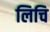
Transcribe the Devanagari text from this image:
लिचि